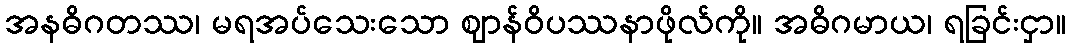
အနဓိဂတဿ၊ မရအပ်သေးသော ဈာန်ဝိပဿနာဖိုလ်ကို။ အဓိဂမာယ၊ ရခြင်းငှာ။